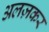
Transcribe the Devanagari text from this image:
अलज़कर